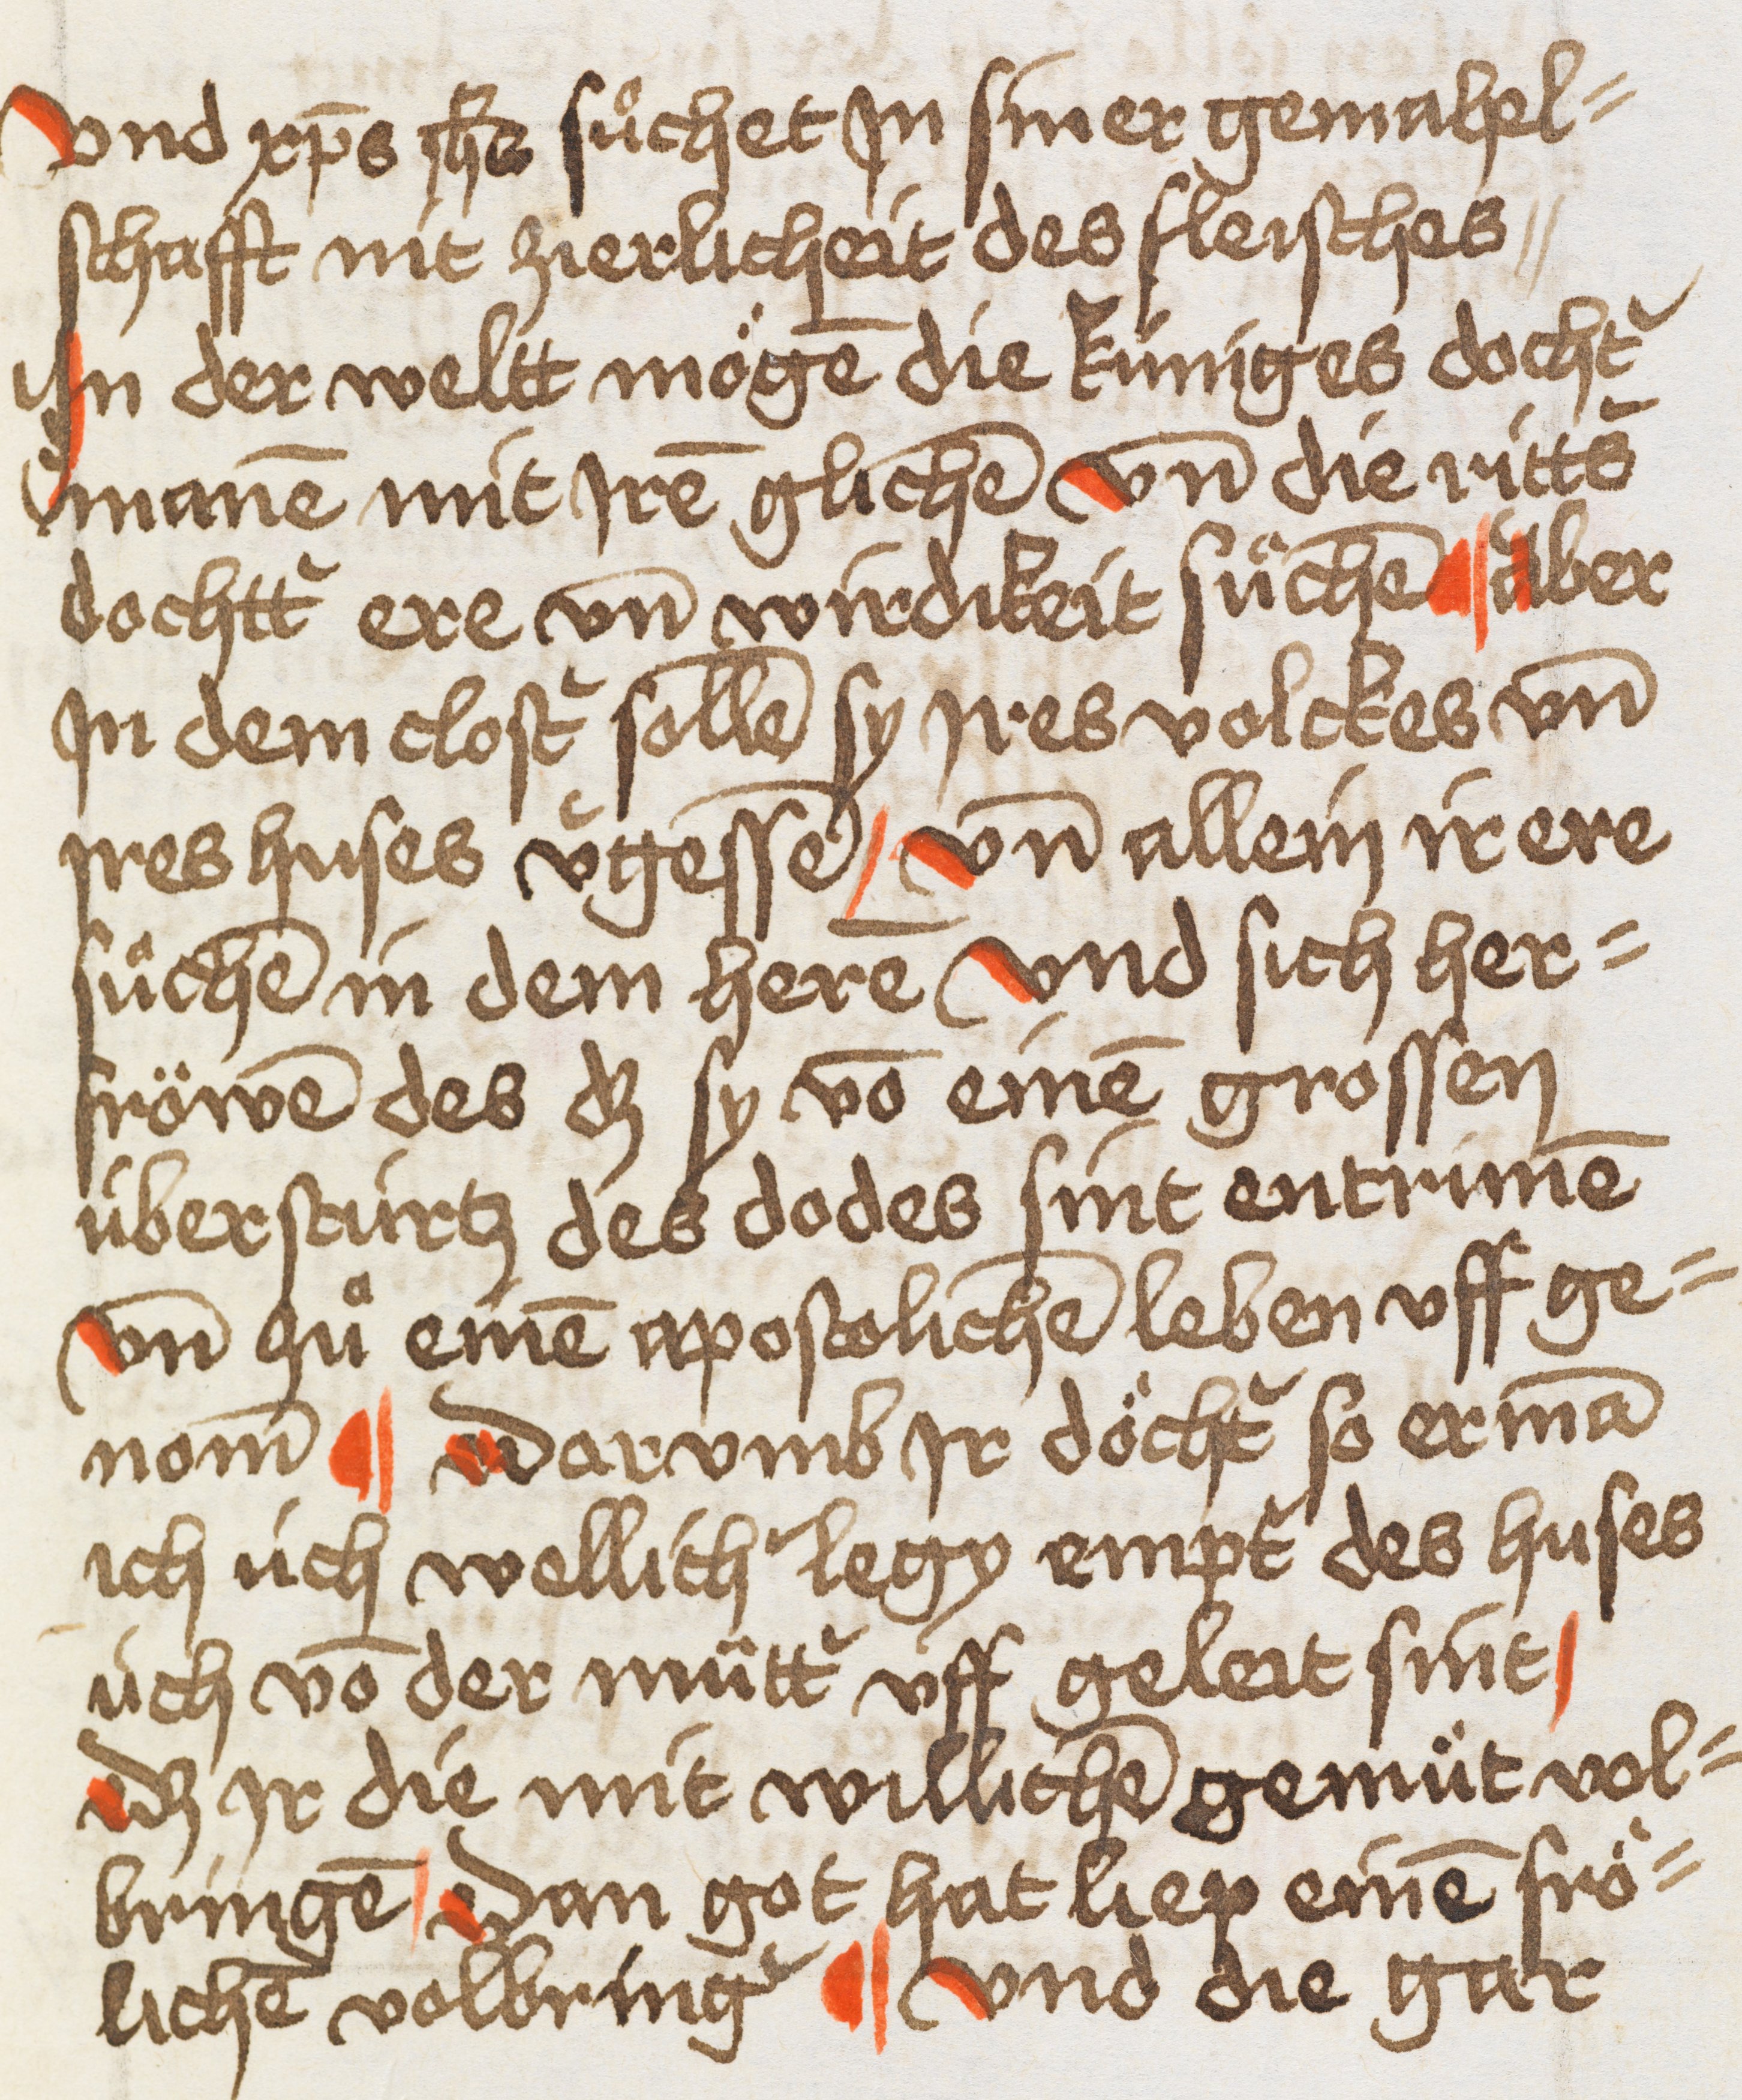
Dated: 1400–1499